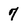
Character: 7